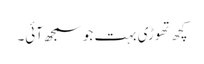
کچھ تھوڑی بہت جو سمجھ آئی۔